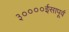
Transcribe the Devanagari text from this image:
३००००ईसापूर्व